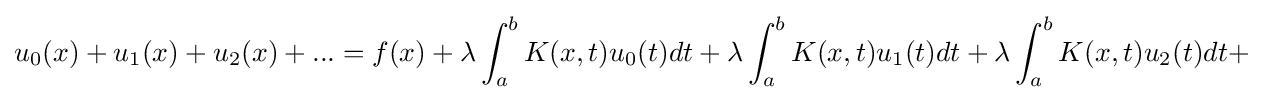
u_{0}(x)+u_{1}(x)+u_{2}(x)+...=f(x)+\lambda \int _{a}^{b}K(x,t)u_{0}(t)dt+\lambda \int _{a}^{b}K(x,t)u_{1}(t)dt+\lambda \int _{a}^{b}K(x,t)u_{2}(t)dt+